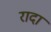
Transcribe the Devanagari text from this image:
रादा